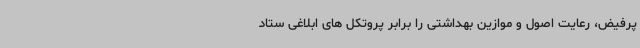
پرفیض، رعایت اصول و موازین بهداشتی را برابر پروتکل های ابلاغی ستاد